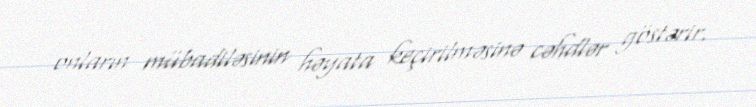
onların mübadiləsinin həyata keçirilməsinə cəhdlər göstərir.